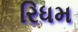
રિધમ